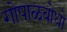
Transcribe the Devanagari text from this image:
गोपाळबोधो